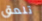
تلعق